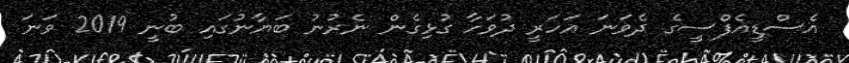
އެސްޑީއެފްސީގެ ދެވަނަ އަހަރީ ދުވަހާ ގުޅިގެން ނެރުނު ބަޔާނުގައި ބުނީ 2019 ވަނަ